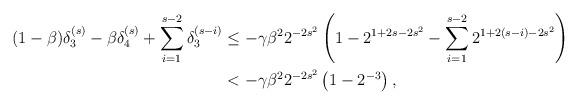
LaTeX: \begin{align*}(1-\beta)\delta_3^{(s)}-\beta\delta_4^{(s)}+\sum_{i=1}^{s-2}\delta_3^{(s-i)}&\leq -\gamma\beta^22^{-2s^2}\left(1-2^{1+2s-2s^2}-\sum_{i=1}^{s-2}2^{1+2(s-i)-2s^2}\right) \\&<-\gamma\beta^2 2^{-2s^2}\left(1-2^{-3}\right),\end{align*}